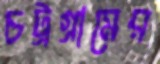
চট্রগ্রামের